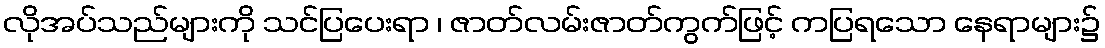
လိုအပ်သည်များကို သင်ပြပေးရာ ၊ ဇာတ်လမ်းဇာတ်ကွက်ဖြင့် ကပြရသော နေရာများ၌